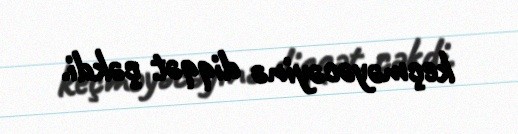
keçməyəcəyinə diqqət çəkdi.